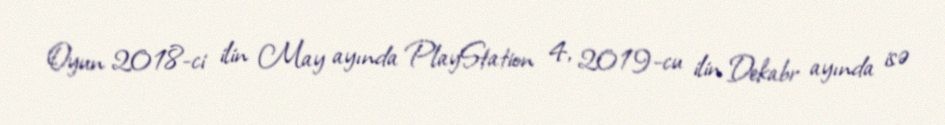
Oyun 2018-ci ilin May ayında PlayStation 4, 2019-cu ilin Dekabr ayında isə